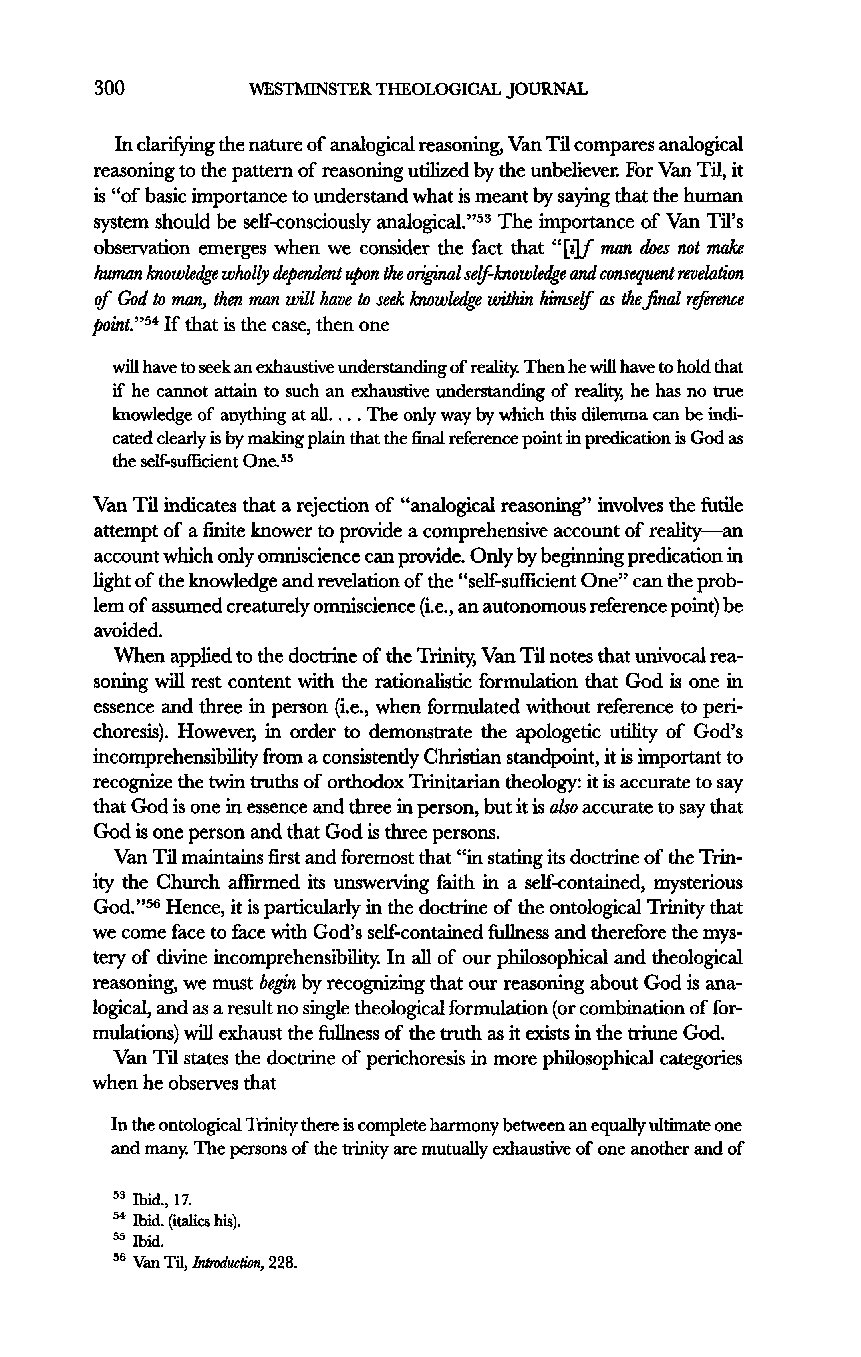
300       WESTMINSTER THEOLOGICAL JOURNAL
 In clarifying the nature of analogical reasoning, Van Til compares analogical
 reasoning to the pattern of reasoning utilized by the unbeliever. For Van Til, it
 is "of basic importance to understand what is meant by saying that the human
 system should be self-consciously analogical."53 The importance of Van Til's
 observation emerges when we consider the fact that "[i]f man does not make
 human knowledge wholly dependent upon the original self-knowledge and consequent revelation
 of God to man, then man will have to seek knowkdge within himself as the final reference
 point."54 If that is the case, then one
 will have to seek an exhaustive understanding of reality. Then he will have to hold that
 if he cannot attain to such an exhaustive understanding of reality, he has no true
 knowledge of anything at all.... The only way by which this dilemma can be indi-
 cated clearly is by making plain that the final reference point in predication is God as
 the self-sufficient One.55
 Van Til indicates that a rejection of "analogical reasoning" involves the futile
 attempt of a finite knower to provide a comprehensive account of reality—an
 account which only omniscience can provide. Only by beginning predication in
 light of the knowledge and revelation of the "self-sufficient One" can the prob-
 lem of assumed creaturely omniscience (i.e., an autonomous reference point) be
 avoided.
 When applied to the doctrine of the Trinity, Van Til notes that univocal rea-
 soning will rest content with the rationalistic formulation that God is one in
 essence and three in person (i.e., when formulated without reference to peri-
 choresis). However, in order to demonstrate the apologetic utility of God's
 incomprehensibility from a consistently Christian standpoint, it is important to
 recognize the twin truths of orthodox Trinitarian theology: it is accurate to say
 that God is one in essence and three in person, but it is abo accurate to say that
 God is one person and that God is three persons.
 Van Til maintains first and foremost that "in stating its doctrine of the Trin-
 ity the Church affirmed its unswerving faith in a self-contained, mysterious
 God."56 Hence, it is particularly in the doctrine of the ontological Trinity that
 we come face to face with God's self-contained fullness and therefore the mys-
 tery of divine incomprehensibihty. In all of our philosophical and theological
 reasoning, we must begin by recognizing that our reasoning about God is ana-
 logical, and as a result no single theological formulation (or combination of for-
 mulations) will exhaust the fullness of the truth as it exists in the triune God.
 Van Til states the doctrine of perichoresis in more philosophical categories
 when he observes that
 In the ontological Trinity there is complete harmony between an equally ultimate one
 and many. The persons of the trinity are mutually exhaustive of one another and of
 53 Ibid., 17.
 54 Ibid, (italics his).
 55 Ibid.
 56 Van Til, Introduction, 228.